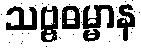
သဗ္ဗဓမ္မာန